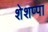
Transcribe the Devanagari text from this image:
शेशप्पा